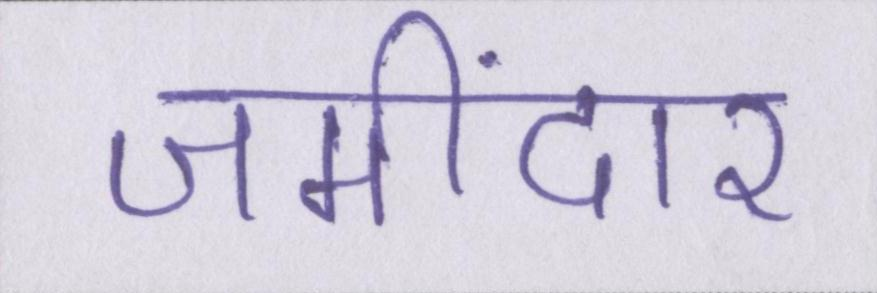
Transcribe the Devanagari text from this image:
जमींदार